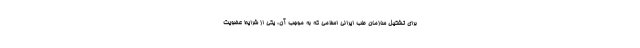
برای تشکیل سازمان طب ایرانی اسلامی که به موجب آن، یکی از شرایط عضویت